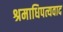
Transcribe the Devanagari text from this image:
श्रमाधिपत्यवाद